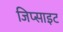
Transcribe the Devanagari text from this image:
जिप्साइट